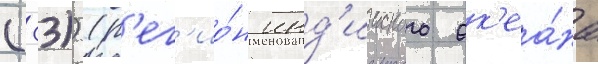
(-33)) (р'ег'ио́н инд'ииского ок'еа́на